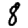
Digit: 8